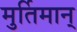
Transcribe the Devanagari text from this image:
मुर्तिमान्